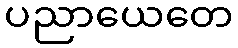
ပညာယေတေ